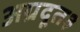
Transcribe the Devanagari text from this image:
अग्रदूत३